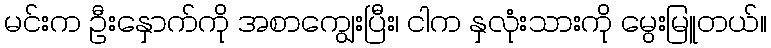
မင်းက ဦးနှောက်ကို အစာကျွေးပြီး၊ ငါက နှလုံးသားကို မွေးမြူတယ်။